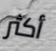
أكثر